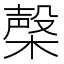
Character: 㯏